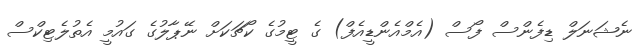
ނެޝަނަލް ޑިފެންސް ފޯސް (އެމްއެންޑީއެފް) ގެ ޓީމުގެ ކޯޗަކަށް ނޭޕާލުގެ ގައުމީ އެތުލެޓިކްސް